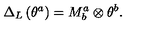
\Delta _ { L } \left( \theta ^ { a } \right) = M _ { b } ^ { a } \otimes \theta ^ { b } .